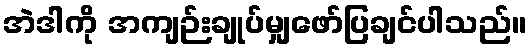
အဲဒါကို အကျဉ်းချုပ်မျှဖော်ပြချင်ပါသည်။